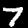
Label: 7